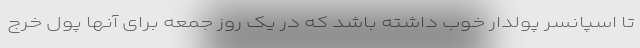
تا اسپانسر پولدار خوب داشته باشد که در یک روز جمعه برای آنها پول خرج